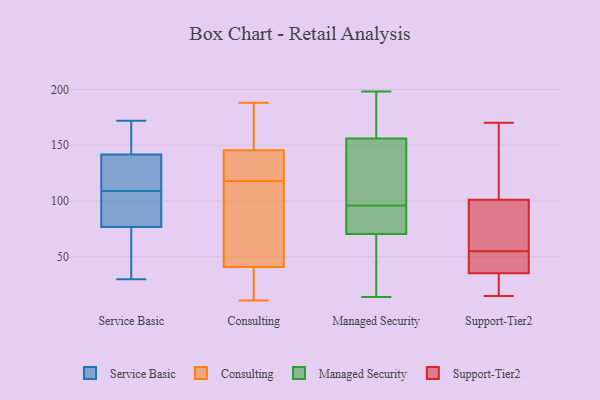
{"axis": {"x": "Active Users", "y": "Value"}, "legend": ["Consulting", "Managed Security", "Service Basic", "Support-Tier2"], "data": [{"x": "", "y": 172, "type": "Service Basic"}, {"x": "", "y": 172, "type": "Service Basic"}, {"x": "", "y": 109, "type": "Service Basic"}, {"x": "", "y": 37, "type": "Service Basic"}, {"x": "", "y": 171, "type": "Service Basic"}, {"x": "", "y": 150, "type": "Service Basic"}, {"x": "", "y": 76, "type": "Service Basic"}, {"x": "", "y": 139, "type": "Service Basic"}, {"x": "", "y": 89, "type": "Service Basic"}, {"x": "", "y": 40, "type": "Service Basic"}, {"x": "", "y": 87, "type": "Service Basic"}, {"x": "", "y": 110, "type": "Service Basic"}, {"x": "", "y": 88, "type": "Service Basic"}, {"x": "", "y": 30, "type": "Service Basic"}, {"x": "", "y": 130, "type": "Service Basic"}, {"x": "", "y": 119, "type": "Service Basic"}, {"x": "", "y": 77, "type": "Service Basic"}, {"x": "", "y": 69, "type": "Consulting"}, {"x": "", "y": 73, "type": "Consulting"}, {"x": "", "y": 97, "type": "Consulting"}, {"x": "", "y": 18, "type": "Consulting"}, {"x": "", "y": 188, "type": "Consulting"}, {"x": "", "y": 17, "type": "Consulting"}, {"x": "", "y": 142, "type": "Consulting"}, {"x": "", "y": 11, "type": "Consulting"}, {"x": "", "y": 184, "type": "Consulting"}, {"x": "", "y": 156, "type": "Consulting"}, {"x": "", "y": 44, "type": "Consulting"}, {"x": "", "y": 134, "type": "Consulting"}, {"x": "", "y": 32, "type": "Consulting"}, {"x": "", "y": 118, "type": "Consulting"}, {"x": "", "y": 174, "type": "Consulting"}, {"x": "", "y": 141, "type": "Consulting"}, {"x": "", "y": 123, "type": "Consulting"}, {"x": "", "y": 177, "type": "Managed Security"}, {"x": "", "y": 71, "type": "Managed Security"}, {"x": "", "y": 154, "type": "Managed Security"}, {"x": "", "y": 77, "type": "Managed Security"}, {"x": "", "y": 186, "type": "Managed Security"}, {"x": "", "y": 130, "type": "Managed Security"}, {"x": "", "y": 198, "type": "Managed Security"}, {"x": "", "y": 117, "type": "Managed Security"}, {"x": "", "y": 87, "type": "Managed Security"}, {"x": "", "y": 105, "type": "Managed Security"}, {"x": "", "y": 193, "type": "Managed Security"}, {"x": "", "y": 70, "type": "Managed Security"}, {"x": "", "y": 86, "type": "Managed Security"}, {"x": "", "y": 14, "type": "Managed Security"}, {"x": "", "y": 30, "type": "Managed Security"}, {"x": "", "y": 158, "type": "Managed Security"}, {"x": "", "y": 20, "type": "Managed Security"}, {"x": "", "y": 39, "type": "Managed Security"}, {"x": "", "y": 122, "type": "Managed Security"}, {"x": "", "y": 75, "type": "Managed Security"}, {"x": "", "y": 55, "type": "Support-Tier2"}, {"x": "", "y": 90, "type": "Support-Tier2"}, {"x": "", "y": 105, "type": "Support-Tier2"}, {"x": "", "y": 33, "type": "Support-Tier2"}, {"x": "", "y": 42, "type": "Support-Tier2"}, {"x": "", "y": 44, "type": "Support-Tier2"}, {"x": "", "y": 88, "type": "Support-Tier2"}, {"x": "", "y": 15, "type": "Support-Tier2"}, {"x": "", "y": 142, "type": "Support-Tier2"}, {"x": "", "y": 170, "type": "Support-Tier2"}, {"x": "", "y": 18, "type": "Support-Tier2"}]}